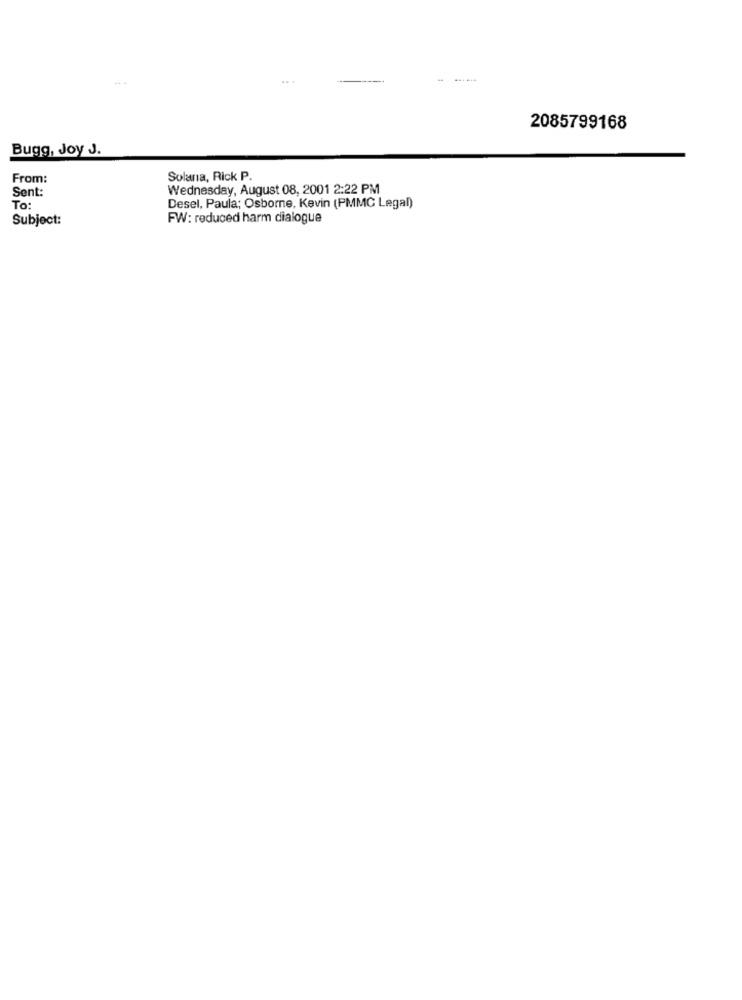
2085799168
Bugg, Joy J.
From:
Solana, Rick P.
Sent:
Wednesday, August 08, 2001 2:22 PM
To:
Desel, Paula; Osborne, Kevin (PMMC Legal)
Subject:
FW: reduced harm dialogue